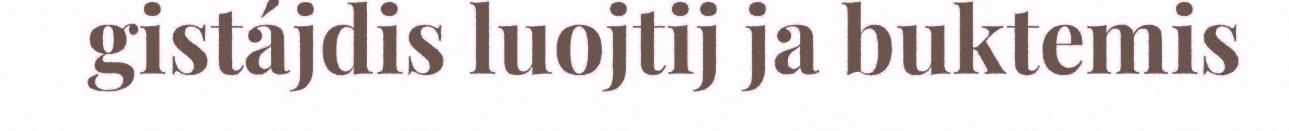
gistájdis luojtij ja buktemis